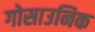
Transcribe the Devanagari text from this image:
गोसाउनिक